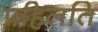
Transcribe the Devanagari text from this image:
प्रहिलति